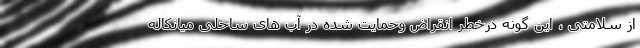
از سلامتی ، این گونه درخطر انقراض وحمایت شده در آب های ساحلی میانکاله